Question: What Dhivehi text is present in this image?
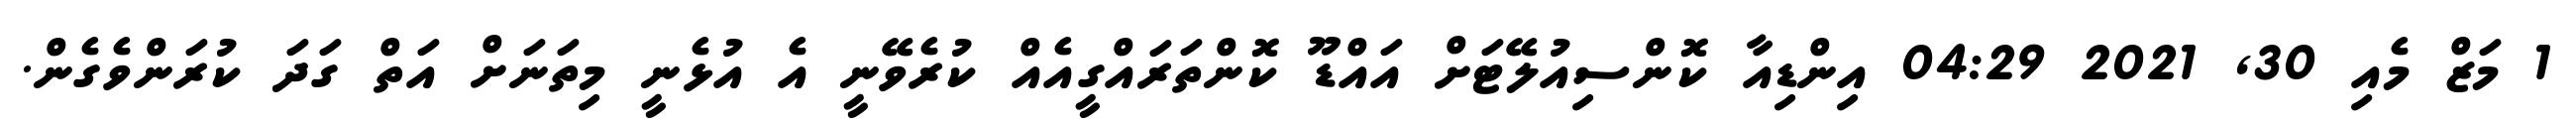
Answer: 1 މަޒް މެއި 30, 2021 04:29 އިންޑިއާ ކޮންސިއުލޭޓަށް އައްޑޫ ކޮންތަރައްގީއެއް ކުރެވޭނީ އެ އުޅެނީ މިތަނަށް އަތް ގަދަ ކުރަންވެގެން.